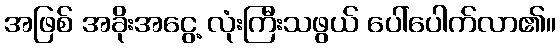
အဖြစ် အခိုးအငွေ့ လုံးကြီးသဖွယ် ပေါ်ပေါက်လာ၏။